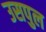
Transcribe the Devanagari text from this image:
उसपुल